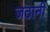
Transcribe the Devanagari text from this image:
जठानी